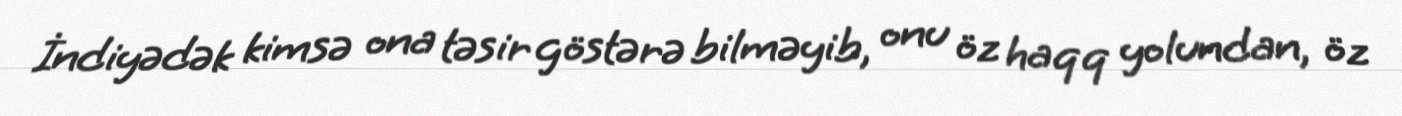
İndiyədək kimsə ona təsir göstərə bilməyib, onu öz haqq yolundan, öz